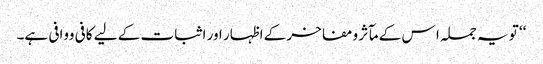
‘‘ تو یہ جملہ ا س کے مآثر ومفاخر کے اظہار اور اثبات کے لیے کافی ووافی ہے۔